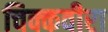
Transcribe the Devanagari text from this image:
चिक्कवीरा